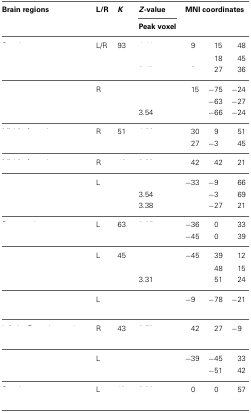
<table><thead><tr><td><b>Brain regions</b></td><td><b>L/R</b></td><td><b><i>K</i></b></td><td><b><i>Z</i>-value</b></td><td colspan="3"><b>MNI coordinates</b></td></tr><tr><td>[EMPTY_CELL]</td><td>[EMPTY_CELL]</td><td>[EMPTY_CELL]</td><td><b>Peak voxel</b></td><td colspan="3">[EMPTY_CELL]</td></tr></thead><tbody><tr><td rowspan="3">[EMPTY_CELL]</td><td>L/R</td><td>93</td><td>[EMPTY_CELL]</td><td>9</td><td>15</td><td>48</td></tr><tr><td>[EMPTY_CELL]</td><td>[EMPTY_CELL]</td><td>[EMPTY_CELL]</td><td>[EMPTY_CELL]</td><td>18</td><td>45</td></tr><tr><td>[EMPTY_CELL]</td><td>[EMPTY_CELL]</td><td>[EMPTY_CELL]</td><td>[EMPTY_CELL]</td><td>27</td><td>36</td></tr><tr><td rowspan="3">[EMPTY_CELL]</td><td>R</td><td>[EMPTY_CELL]</td><td>[EMPTY_CELL]</td><td>15</td><td>−75</td><td>−24</td></tr><tr><td>[EMPTY_CELL]</td><td>[EMPTY_CELL]</td><td>[EMPTY_CELL]</td><td>[EMPTY_CELL]</td><td>−63</td><td>−27</td></tr><tr><td>[EMPTY_CELL]</td><td>[EMPTY_CELL]</td><td>3.54</td><td>[EMPTY_CELL]</td><td>−66</td><td>−24</td></tr><tr><td>[EMPTY_CELL]</td><td>R</td><td>51</td><td>[EMPTY_CELL]</td><td>30</td><td>9</td><td>51</td></tr><tr><td>[EMPTY_CELL]</td><td>[EMPTY_CELL]</td><td>[EMPTY_CELL]</td><td>[EMPTY_CELL]</td><td>27</td><td>−3</td><td>45</td></tr><tr><td>[EMPTY_CELL]</td><td>R</td><td>[EMPTY_CELL]</td><td>[EMPTY_CELL]</td><td>42</td><td>42</td><td>21</td></tr><tr><td rowspan="3">[EMPTY_CELL]</td><td>L</td><td>[EMPTY_CELL]</td><td>[EMPTY_CELL]</td><td>−33</td><td>−9</td><td>66</td></tr><tr><td>[EMPTY_CELL]</td><td>[EMPTY_CELL]</td><td>3.54</td><td>[EMPTY_CELL]</td><td>−3</td><td>69</td></tr><tr><td>[EMPTY_CELL]</td><td>[EMPTY_CELL]</td><td>3.38</td><td>[EMPTY_CELL]</td><td>−27</td><td>21</td></tr><tr><td>[EMPTY_CELL]</td><td>L</td><td>63</td><td>[EMPTY_CELL]</td><td>−36</td><td>0</td><td>33</td></tr><tr><td>[EMPTY_CELL]</td><td>[EMPTY_CELL]</td><td>[EMPTY_CELL]</td><td>[EMPTY_CELL]</td><td>−45</td><td>0</td><td>39</td></tr><tr><td rowspan="3">[EMPTY_CELL]</td><td>L</td><td>45</td><td>[EMPTY_CELL]</td><td>−45</td><td>39</td><td>12</td></tr><tr><td>[EMPTY_CELL]</td><td>[EMPTY_CELL]</td><td>[EMPTY_CELL]</td><td>[EMPTY_CELL]</td><td>48</td><td>15</td></tr><tr><td>[EMPTY_CELL]</td><td>[EMPTY_CELL]</td><td>3.31</td><td>[EMPTY_CELL]</td><td>51</td><td>24</td></tr><tr><td>[EMPTY_CELL]</td><td>L</td><td>[EMPTY_CELL]</td><td>[EMPTY_CELL]</td><td>−9</td><td>−78</td><td>−21</td></tr><tr><td>[EMPTY_CELL]</td><td>R</td><td>43</td><td>[EMPTY_CELL]</td><td>42</td><td>27</td><td>−9</td></tr><tr><td rowspan="2">[EMPTY_CELL]</td><td>L</td><td>[EMPTY_CELL]</td><td>[EMPTY_CELL]</td><td>−39</td><td>−45</td><td>33</td></tr><tr><td>[EMPTY_CELL]</td><td>[EMPTY_CELL]</td><td>[EMPTY_CELL]</td><td>[EMPTY_CELL]</td><td>−51</td><td>42</td></tr><tr><td>[EMPTY_CELL]</td><td>L</td><td>[EMPTY_CELL]</td><td>[EMPTY_CELL]</td><td>0</td><td>0</td><td>57</td></tr></tbody></table>